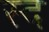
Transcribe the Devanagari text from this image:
स्द